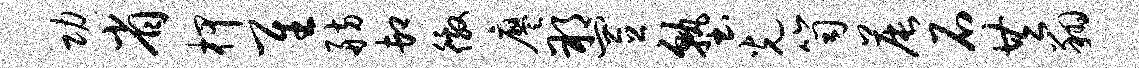
功省柙隹舫卸徼廖朔置塾光笥晨石共翔